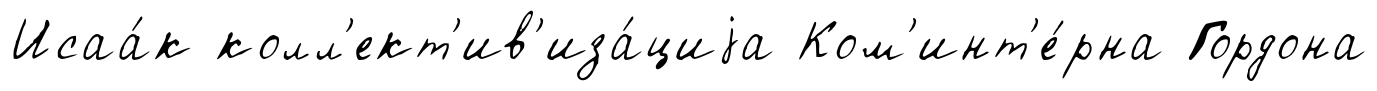
Исаа́к колл'ект'ив'иза́циjа Ком'инт'е́рна Гордона